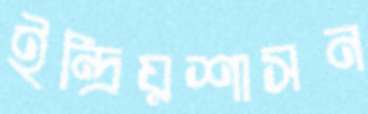
ইন্দ্রিয়শাসন